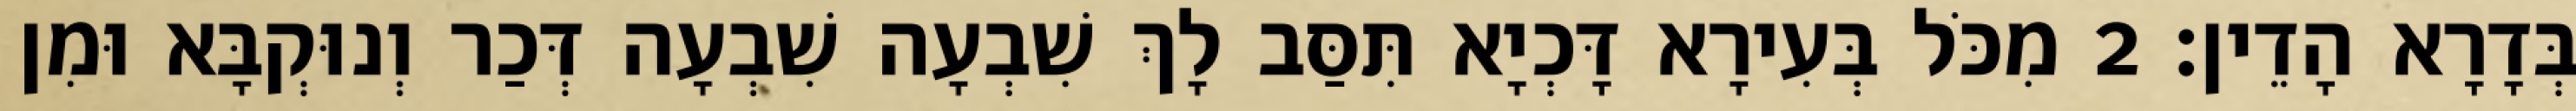
בְּדָרָא הָדֵין׃ 2 מִכֹּל בְּעִירָא דָּכְיָא תִּסַּב לָךְ שִׁבְעָה שִׁבְעָה דְּכַר וְנוּקְבָּא וּמִן